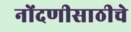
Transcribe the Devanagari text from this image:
नोंदणीसाठीचे